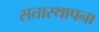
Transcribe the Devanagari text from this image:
सत्तास्थापना